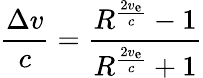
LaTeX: {\frac{\Delta v}{c}}={\frac{R^{\frac{2v_{\mathrm{e}}}{c}}-1}{R^{\frac{2v_{\mathrm{e}}}{c}}+1}}